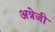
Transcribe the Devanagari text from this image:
अत्रेजी